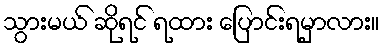
သွားမယ် ဆိုရင် ရထား ပြောင်းရမှာလား။